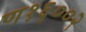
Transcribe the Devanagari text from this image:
ण१६००२